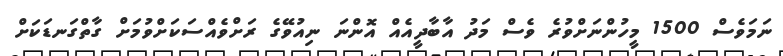
ނަމަވެސް 1500 މީހުންނަށްވުރެ ވެސް މަދު އާބާދީއެއް އޮންނަ ނިއުވޭގެ ރަށްވެއްސަކަށްވުމަށް ގާތްގަނޑަކަށް